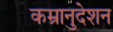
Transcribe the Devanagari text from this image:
कम्रानुदेशन